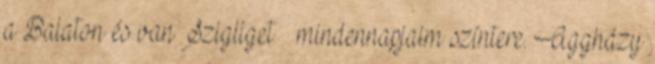
a Balaton és van Szigliget – mindennapjaim színtere. Aggházy